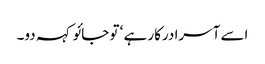
اسے آسرا درکار ہے ‘ تو جائو کہہ دو۔